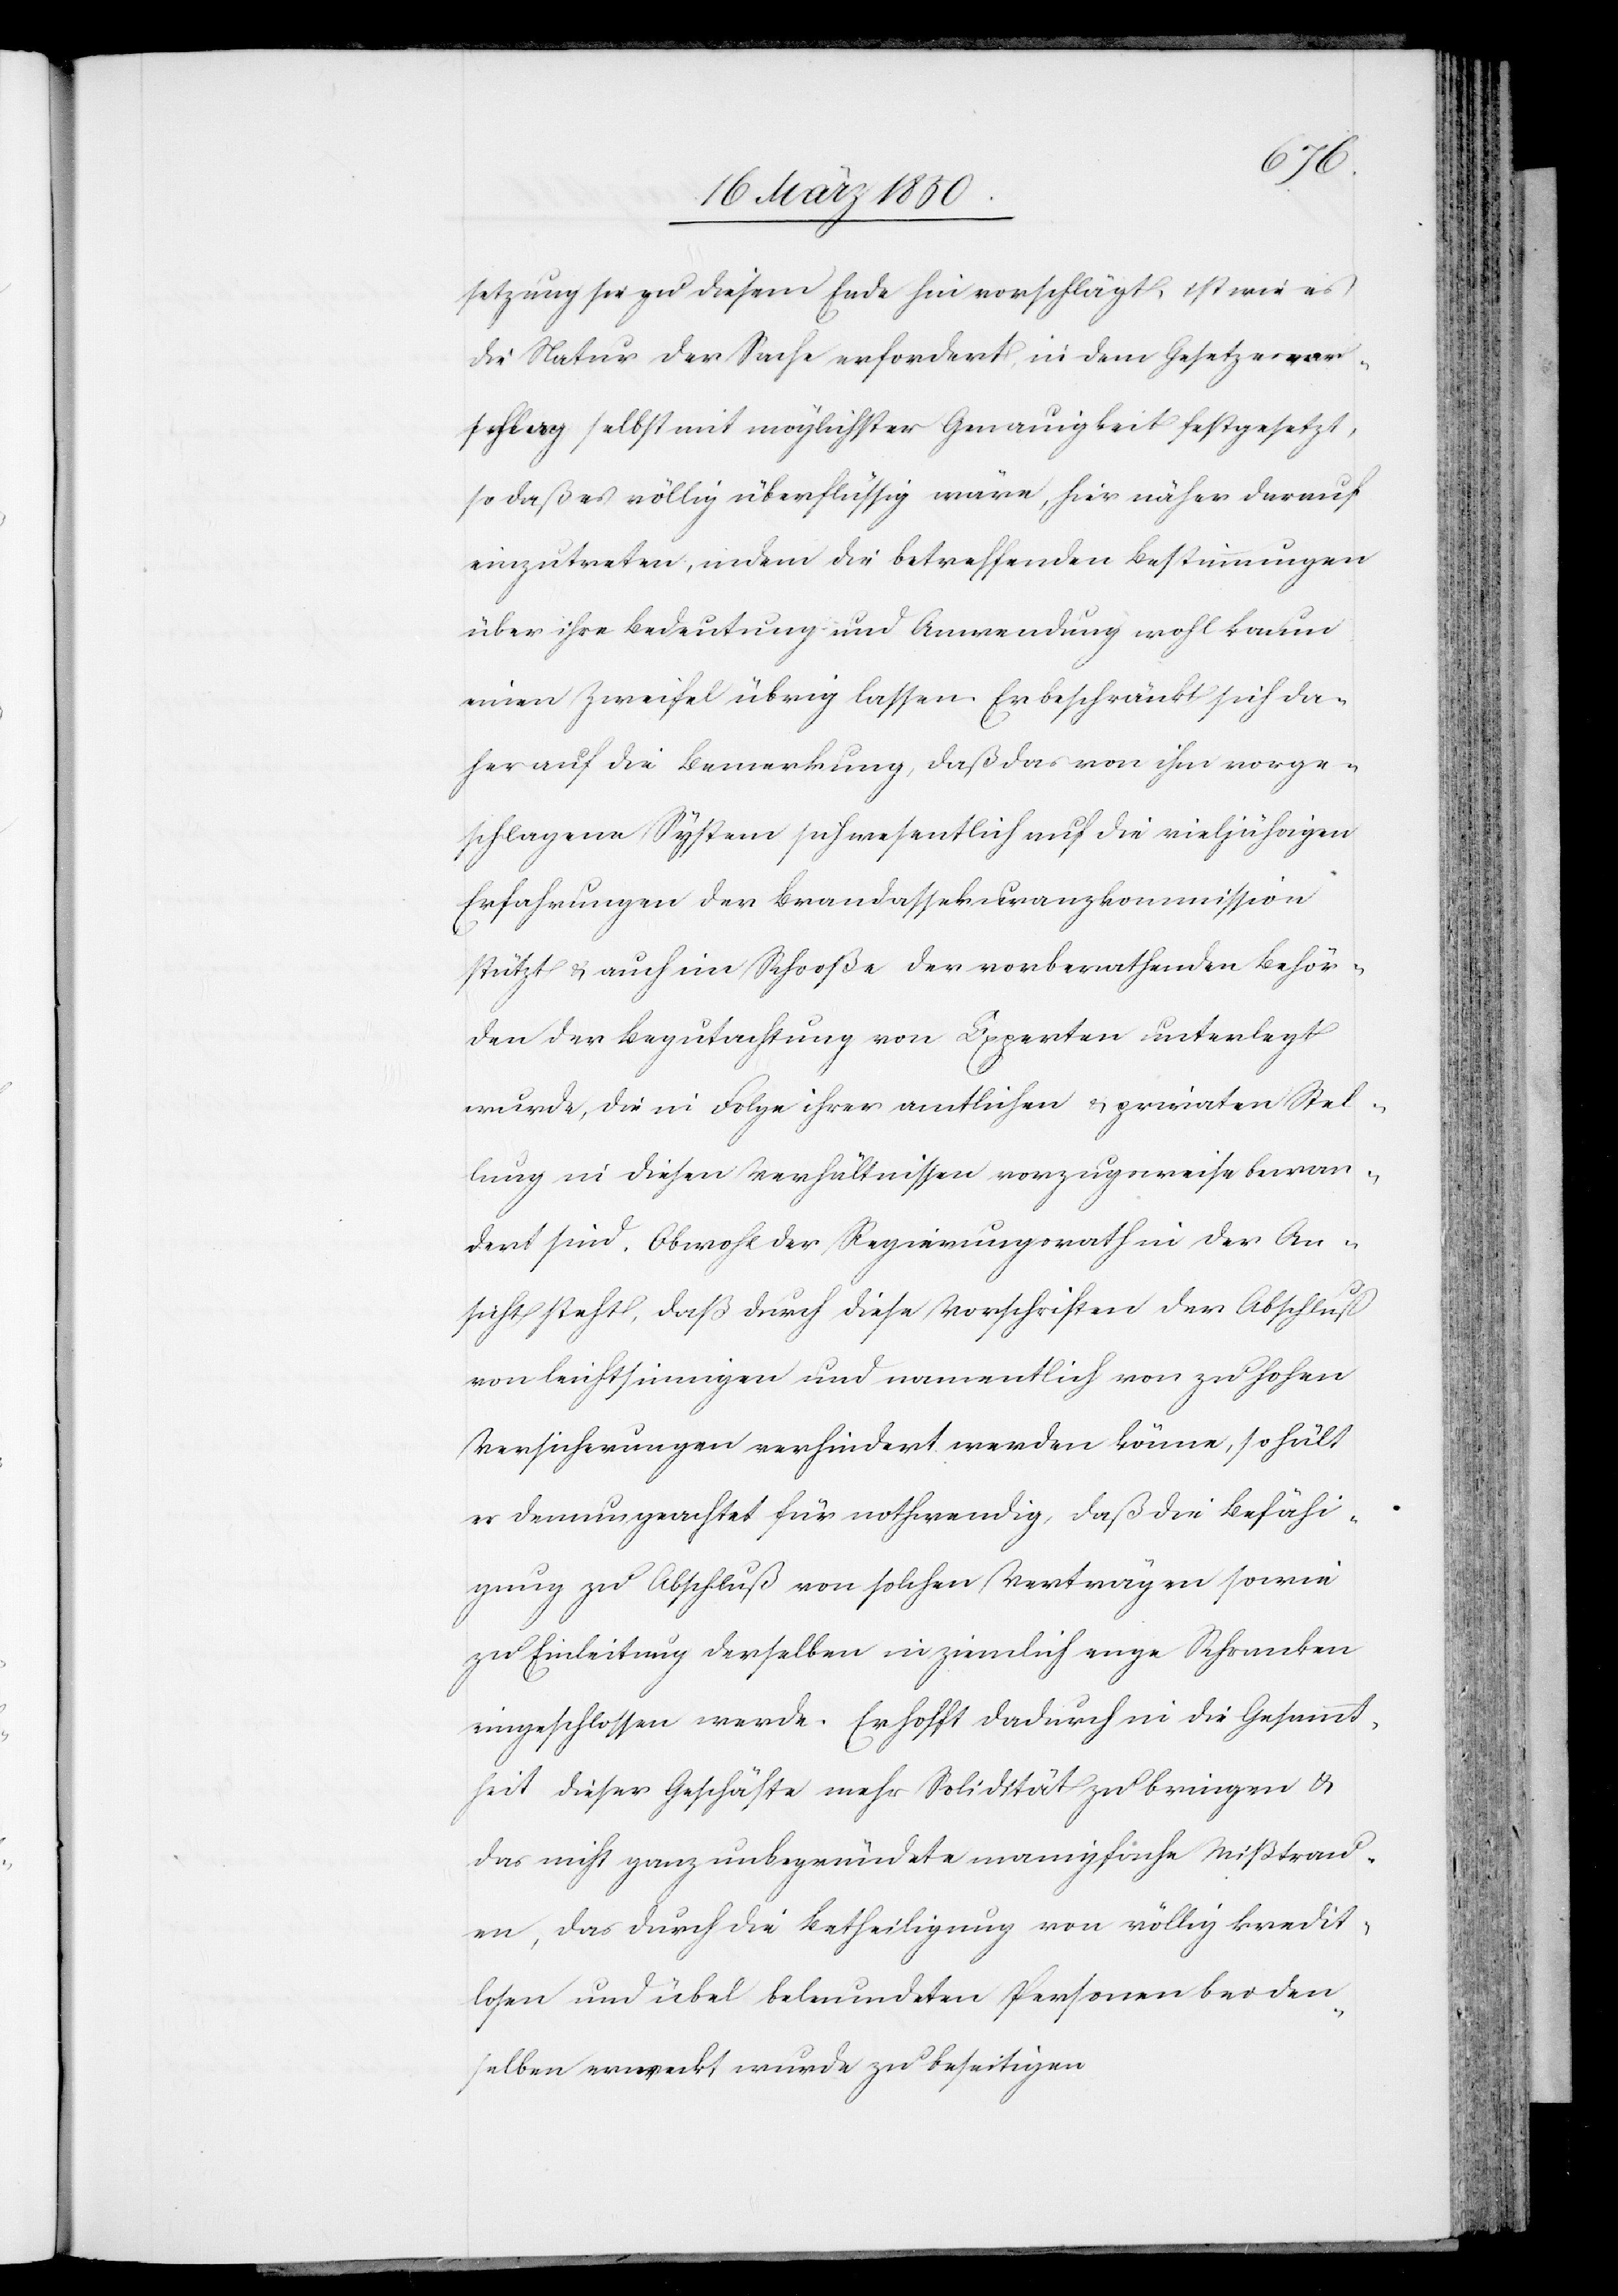
setzung sie zu diesem Ende hin vorschlägt, ist wie es
die Natur der Sache erfordert, in dem Gesetzesvor¬
schlag selbst mit möglichster Genauigkeit festgesetzt,
so daß es völlig überflüssig wäre, hier näher darauf
einzutreten, indem die betreffenden Bestimmungen
über ihre Bedeutung und Anwendung wohl kaum
einen Zweifel übrig lassen. Er beschränkt sich da¬
her auf die Bemerkung, daß das von ihm vorge¬
schlagene System sich wesentlich auf die vieljährigen
Erfahrungen der Brandassekuranzkommission
stützt u. auch im Schooße der vorberathenden Behör¬
den der Begutachtung von Experten unterlegt
wurde, die in Folge ihrer amtlichen u. privaten Stel¬
lung in diesem Verhältnisse vorzugsweise bewan¬
dert sind. Obwohl der Regierungsrath in der An¬
sicht steht, daß durch diese Vorschriften der Abschluß
von leichtsinnigen und namentlich von zu hohen
Versicherungen verhindert werden könne, so hält
er demungeachtet für nothwendig, daß die Befähi¬
gung zu Abschluß von solchen Verträgen sowie
zu Einleitung derselben in ziemlich enge Schranken
eingeschlossen werde. Er hofft dadurch in die Gesammt¬
heit dieser Geschäfte mehr Solidität zu bringen u.
das nicht ganz unbegründete mannigfache Mißtrau¬
en, das durch die Betheiligung von völlig kredit¬
losen und übel beleumdeten Personen bei den¬
selben erweckt wurde zu beseitigen[.]